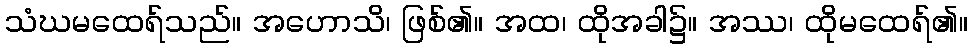
သံဃမထေရ်သည်။ အဟောသိ၊ ဖြစ်၏။ အထ၊ ထိုအခါ၌။ အဿ၊ ထိုမထေရ်၏။